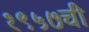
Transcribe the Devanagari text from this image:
१९५७ची